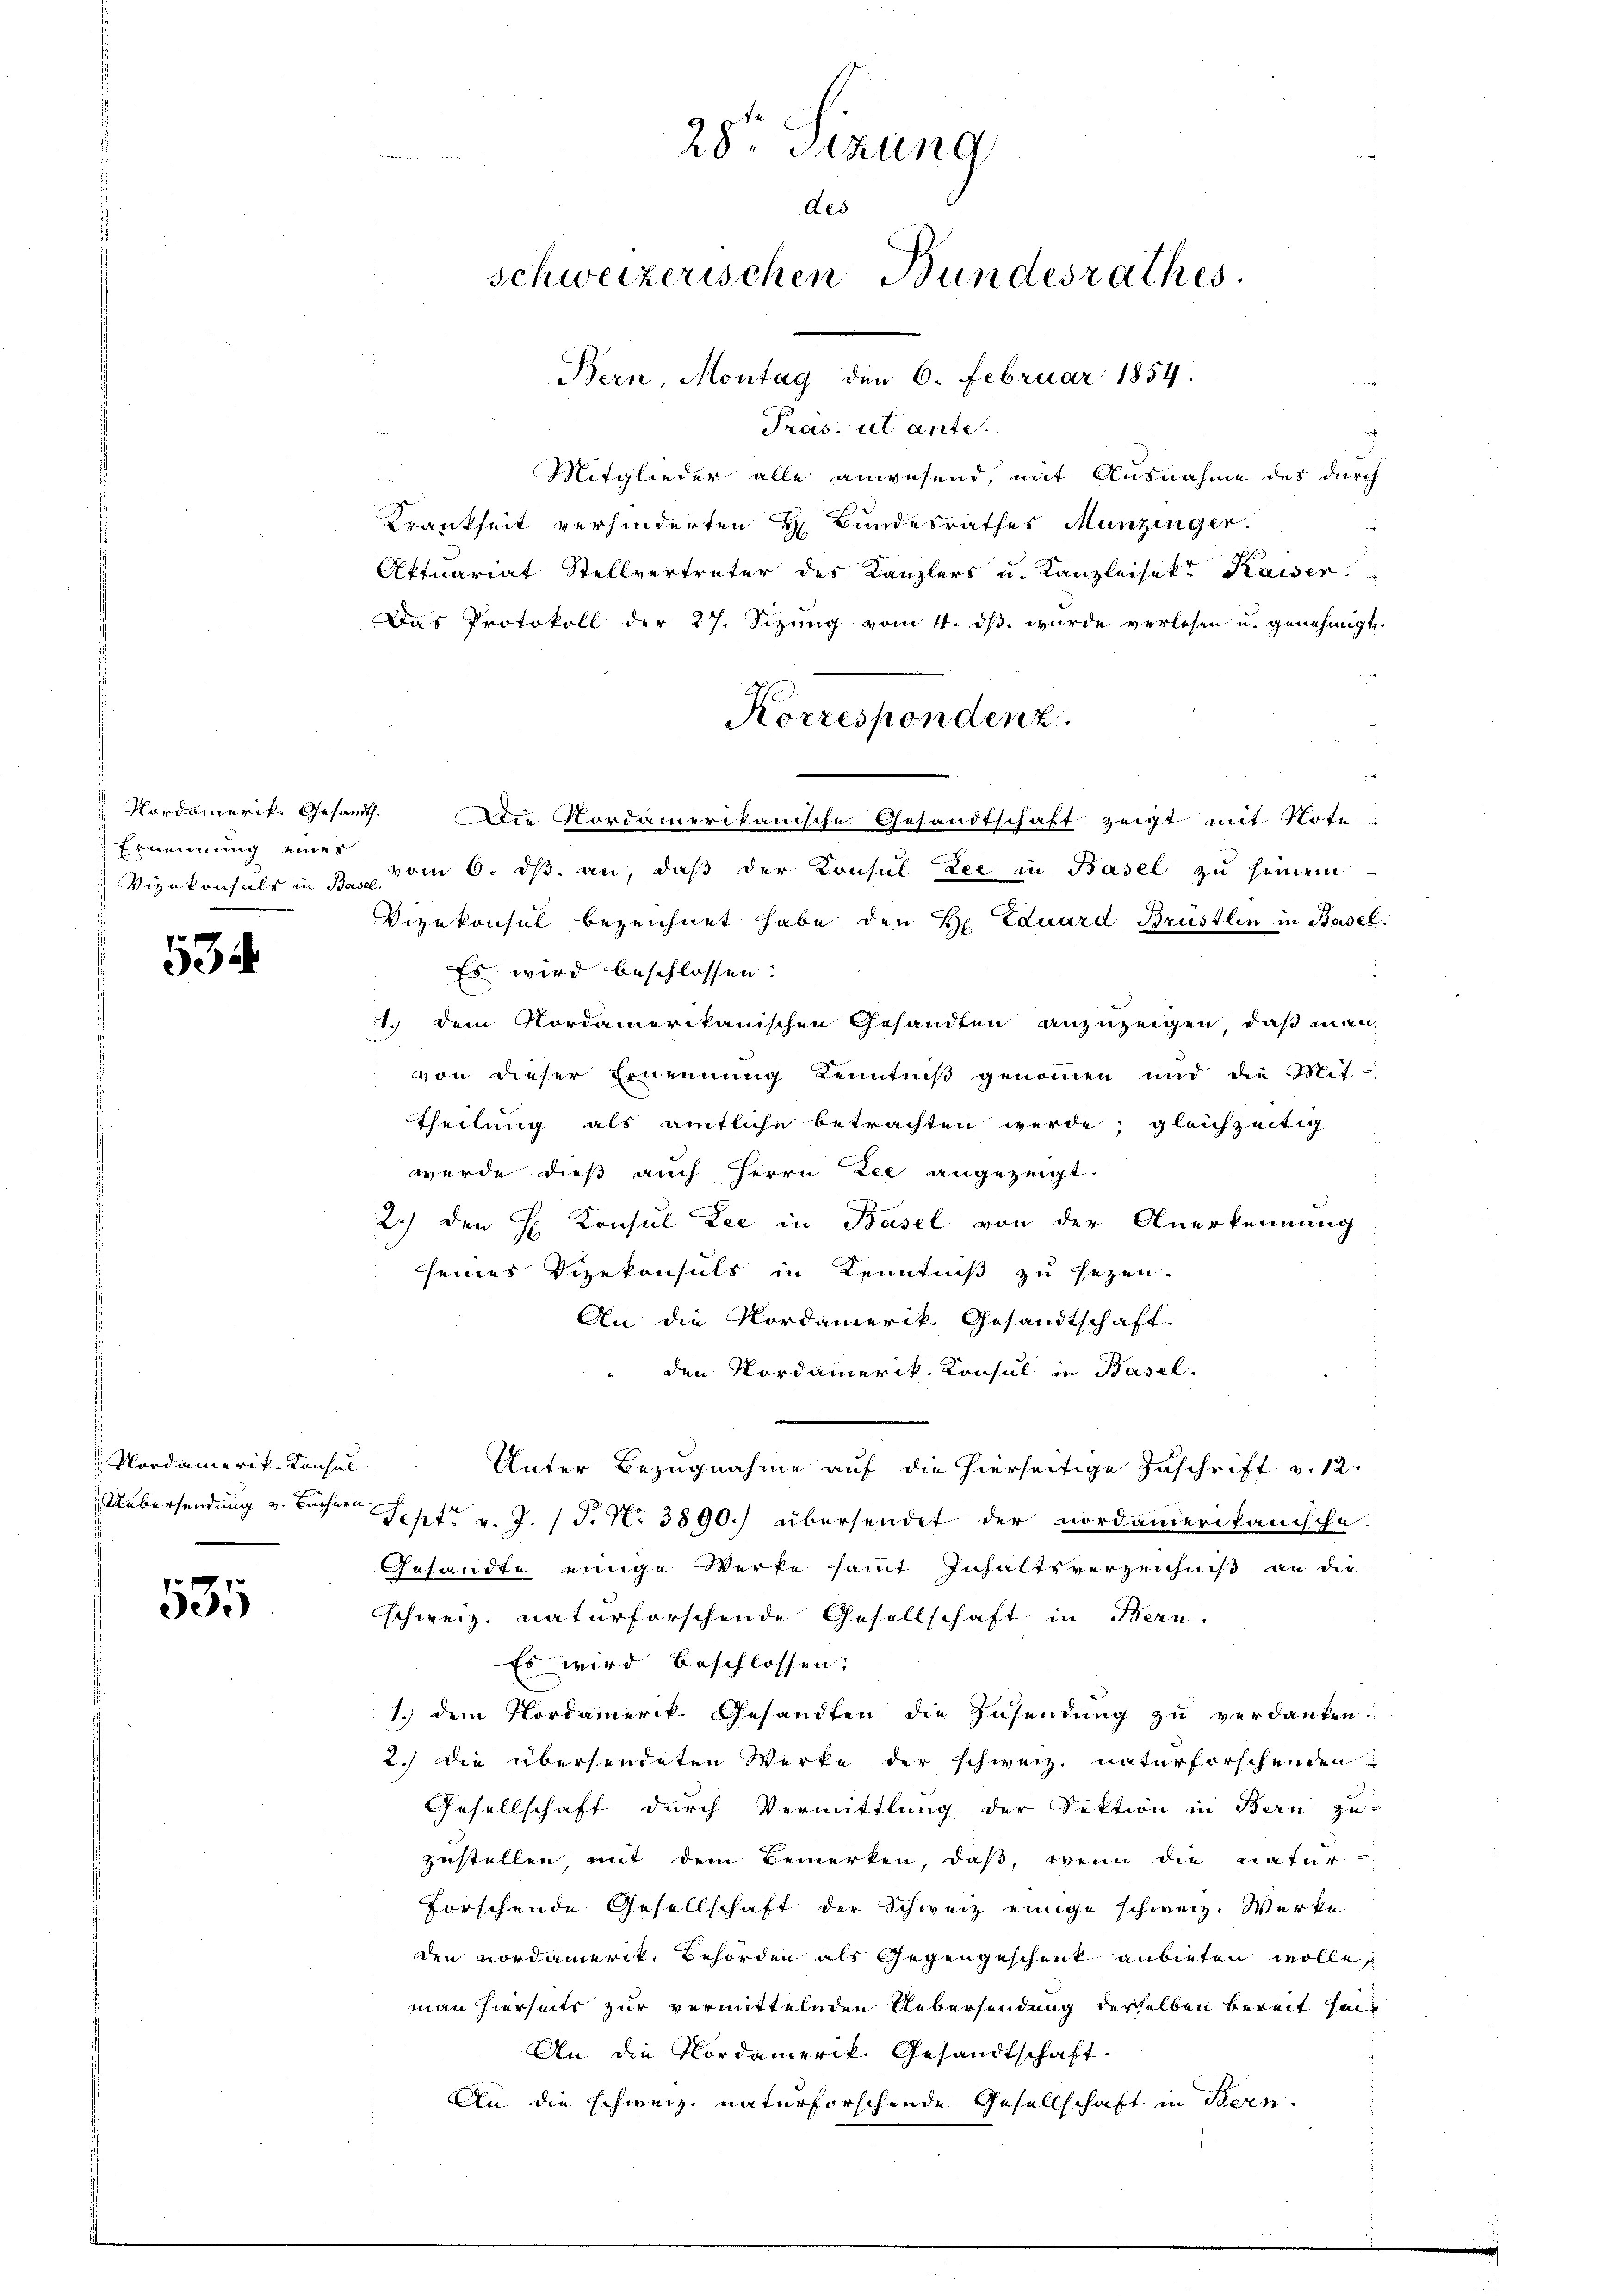
Ernennung eines

534

Nordamerik- Konsul-

531

28ten Sizung
des
schweizerischen Bundesrathes.
Bern, Montag den 6. Februar 1854.

Pras: ut ante.
Mitglieder alle anwesend, mit Ausnahme des durch
Krankheit verhinderten H. Bundesrathes Munzinger.
Aktuariat Stellvertreter des Kanzlers u. Kanzleisekt Kaiser.
Das Protokoll der 27. Sizŭng vom 4. dβ. wurde verlesen u. genehmigt.
 Nordamerik. Gesandt. Die Nordamerikanische Gesandtschaft zeigt mit Note
 Vizekonsuls in 3 vom 6. ds. an, daß der Konsul Lee in Basel zu seinem
Vizekonsul bezeichnet habe den H. Eduard Brüstlen in Basel.
Es wird beschlossen:
1.) Dem Nordamerikanischen Gesandten anzuzeigen, daß man
von dieser Ernennung Kenntniß genommen und die Mit-
Theilung als amtliche betrachten werde; gleichzeitig
wurde dieß auch Herrn Lee angezeigt:
2.) Den H. Konsul Lee in Basel von der Anerkennung
seines Vizekonsuls in Kenntniß zu sezen.
An die Nordamerik. Gesandtschaft.
den Nordamerik. Konsul in Basel-
Unter Bezugnahme auf die hierseitige Zuschrift v. 12
Uebersendung v. Büchern Sept v. J. P. Nr. 3890.) übersendet der nordamerikanische
Gesandte einige Werke sammt Inhaltsverzeichniß an die
schweiz. naturforschende Gesellschaft in Bern.
Es wird beschlossen:
1.) dem Nordamerik. Gesandten die Zusendung zu verdanken.
2.) Die übersendeten Werke der schweiz. naturforschenden
Gesellschaft durch Vermittlung der Sektion in Bern zu-
zustellen, mit dem Bemerken, daß, wenn die natur-
forschende Gesellschaft der Schweiz einige schweiz. Werke
den nordamerik. Behörden als Gegengeschenk anbieten wolle,
man hierseits zur vermittelnden Uebersendung derselben bereit heit
An die Nordamerik. Gesandtschaft.
An die schweiz. naturforschende Gesellschaft in Bern.

Korrespondenz.